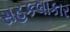
સહકલાકાર